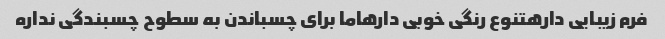
فرم زیبایی دارهتنوع رنگی خوبی دارهاما برای چسباندن به سطوح چسبندگی نداره